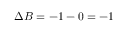
\Delta B = - 1 - 0 = - 1